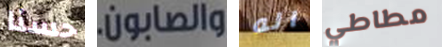
حسنا والصابون. اله مطاطي